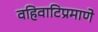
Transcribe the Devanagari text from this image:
वहिवाटिप्रमाणे